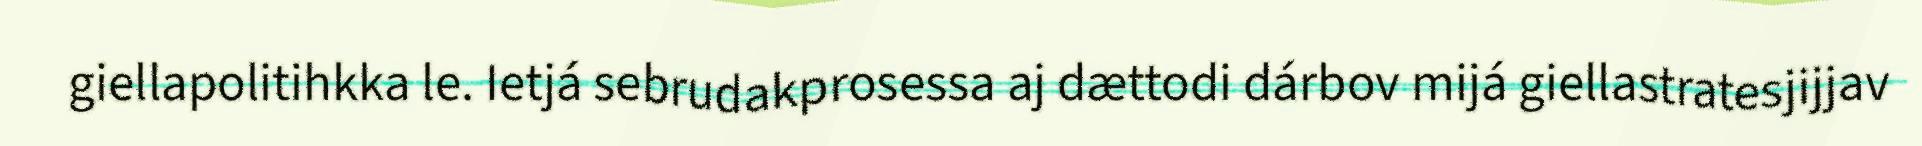
giellapolitihkka le. Ietjá sebrudakprosessa aj dættodi dárbov mijá giellastratesjijjav